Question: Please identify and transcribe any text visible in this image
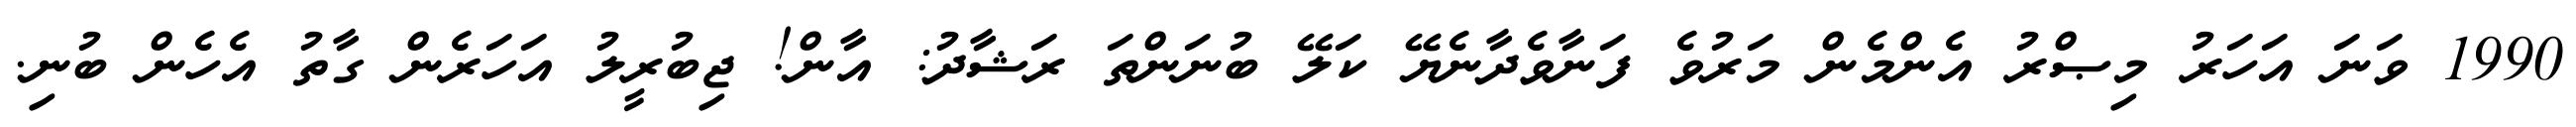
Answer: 1990 ވަނަ އަހަރު މިޞްރު އެންމެން މަރުވެ ފަނާވެދާނެޔޭ ކަލޭ ބުނަންތަ ރަޝާދު: އާން! ޖިބުރީލު އަހަރެން ގާތު އެހެން ބުނި.